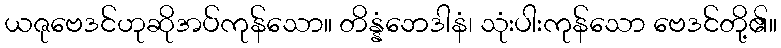
ယဇုဗေဒင်ဟုဆိုအပ်ကုန်သော။ တိန္နံဘေဒါနံ၊ သုံးပါးကုန်သော ဗေဒင်တို့၏။